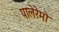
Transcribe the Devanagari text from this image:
पालेरेमो